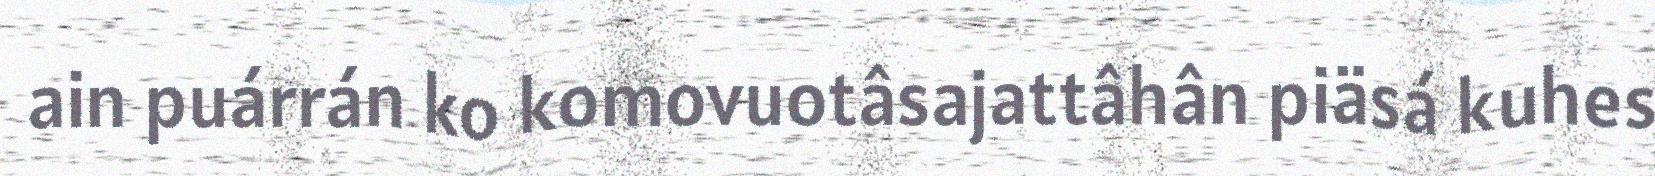
ain puárrán ko komovuotâsajattâhân piäsá kuhes